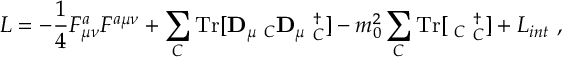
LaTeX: { \cal L } = - \frac 1 4 F _ { \mu \nu } ^ { a } F ^ { a \mu \nu } + \sum _ { C } \mathrm { T r } [ { \bf D } _ { \mu } { \bf \Phi } _ { C } { \bf D } _ { \mu } { \bf \Phi } _ { C } ^ { \dagger } ] - m _ { 0 } ^ { 2 } \sum _ { C } \mathrm { T r } [ { \bf \Phi } _ { C } { \bf \Phi } _ { C } ^ { \dagger } ] + { \cal L } _ { i n t } \ ,